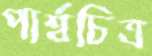
পার্শ্বচিত্র